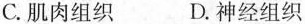
C.肌肉组织 D.神经组织